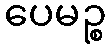
ပေမဉ္စ